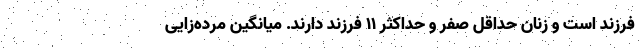
فرزند است و زنان حداقل صفر و حداکثر ۱۱ فرزند دارند. میانگین مرده‌زایی